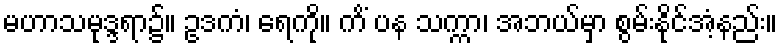
မဟာသမုဒ္ဒရာ၌။ ဥဒကံ၊ ရေကို။ ကိံ ပန သက္ကာ၊ အဘယ်မှာ စွမ်းနိုင်အံ့နည်း။